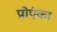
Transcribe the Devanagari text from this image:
प्रोएंका